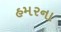
હમરના